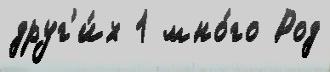
друг'и́х 1 мно́го Род